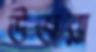
উজরা